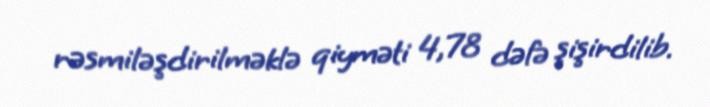
rəsmiləşdirilməklə qiyməti 4,78 dəfə şişirdilib.